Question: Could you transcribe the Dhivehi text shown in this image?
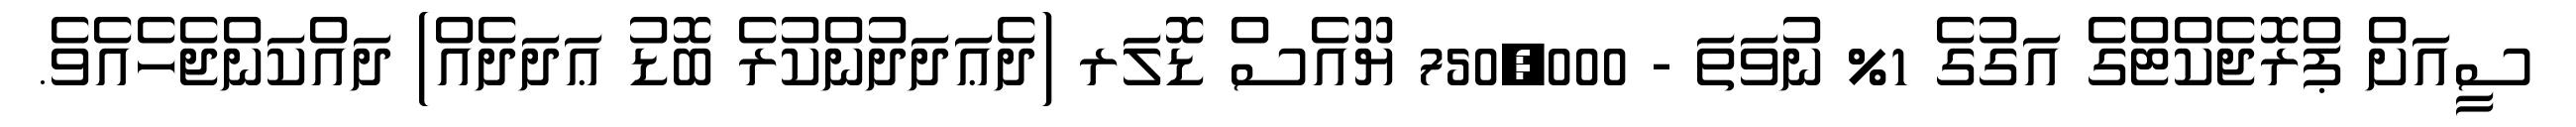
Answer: ސީއަށް ޕްރޮޖެކްޓްގެ އަގުގެ 1% ނުވަތަ - 750,000 ޔޫއެސް ޑޮލަރ (ދެޢަދަދުންކުރެ ބޮޑު ޢަދަދެއް) ދައްކަންޖެހެއެވެ.